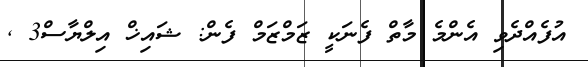
އުފެއްދެވި އެންމެ މާތް ފެނަކީ ޒަމްޒަމް ފެން: ޝައިޚް އިލްޔާސް3